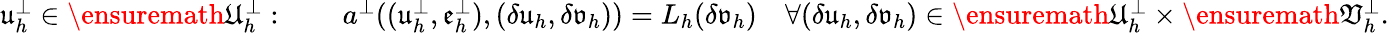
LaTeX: \begin{array}{r}{\mathfrak{u}_{h}^{\perp}\in\ensuremath{\mathfrak{U}}_{h}^{\perp}:\qquad a^{\perp}((\mathfrak{u}_{h}^{\perp},\mathfrak{e}_{h}^{\perp}),(\delta\mathfrak{u}_{h},\delta\mathfrak{v}_{h}))=L_{h}(\delta\mathfrak{v}_{h})\quad\forall(\delta\mathfrak{u}_{h},\delta\mathfrak{v}_{h})\in\ensuremath{\mathfrak{U}}_{h}^{\perp}\times\ensuremath{\mathfrak{V}}_{h}^{\perp}.}\end{array}